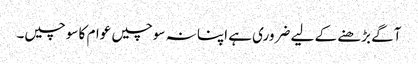
آگے بڑھنے کے لیے ضروری ہے اپنا نہ سوچیں عوام کا سوچیں۔